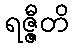
ရဇ္ဇီတိ